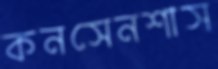
কনসেনশাস